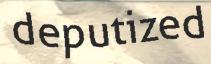
deputized